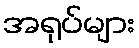
အရုပ်များ